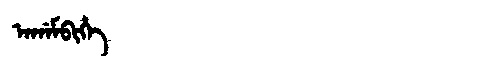
Manchu: ᠠᡤᠠᠮᠪᡳᡥᡝ
Romanization: AGAMBIHE